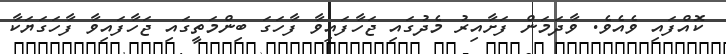
ކޮއްފައި ވެއެވެ. ވާދަމަން ފަށާއިރު މެދުގައި ޖަހާފައިވާ ފާހަގަ ބިންމަތީގައި ޖަހާފައިވާ ފާހަގަޔަކާ